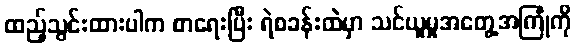
ထည့်သွင်းထားပါက စာရေးပြီး ရဲစခန်းထဲမှာ သင်ယူမှုအတွေ့အကြုံကို